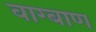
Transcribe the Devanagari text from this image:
वाग्बाण